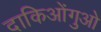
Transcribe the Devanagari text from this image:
दाकिओंगुओ